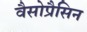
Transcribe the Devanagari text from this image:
वैसोप्रैसिन